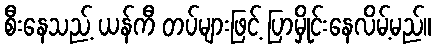
စီးနေသည့် ယန်ကီ တပ်များဖြင့် ပြာမှိုင်းနေလိမ့်မည်။